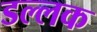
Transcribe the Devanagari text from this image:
डल्लक